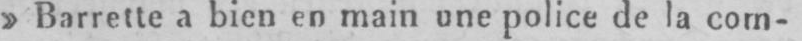
»Barrette a bien en main une police de la com-